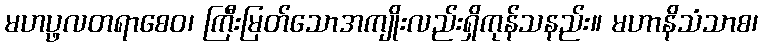
မဟပ္ဖလတရာစေဝ၊ ကြီးမြတ်သောအကျိုးလည်းရှိကုန်သနည်း။ မဟာနိသံသာစ၊